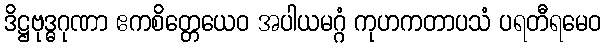
ဒိဋ္ဌဗုဒ္ဓဂုဏာ ဧကစိတ္တေယေဝ အပါယမဂ္ဂံ ကုဟကတာပသံ ပရတီရမေဝ